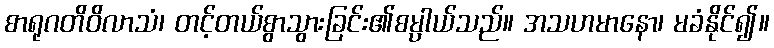
စာရုဂတိဝိလာသံ၊ တင့်တယ်စွာသွားခြင်း၏စမ္ပါယ်သည်။ အသဟမာနော၊ မခံနိုင်၍။